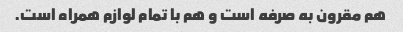
هم مقرون به صرفه است و هم با تمام لوازم همراه است.